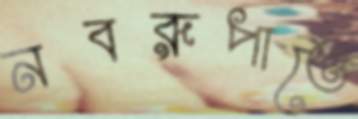
নবরূপাতে